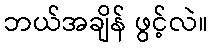
ဘယ်အချိန် ဖွင့်လဲ။